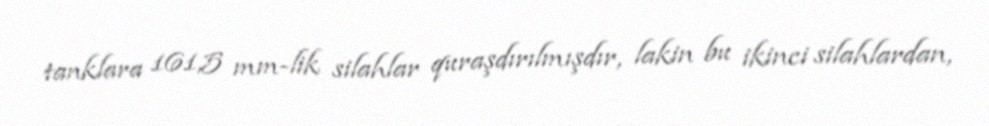
tanklara 161,5 mm-lik silahlar quraşdırılmışdır, lakin bu ikinci silahlardan,